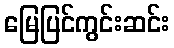
မြေပြင်ကွင်းဆင်း